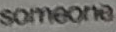
someone